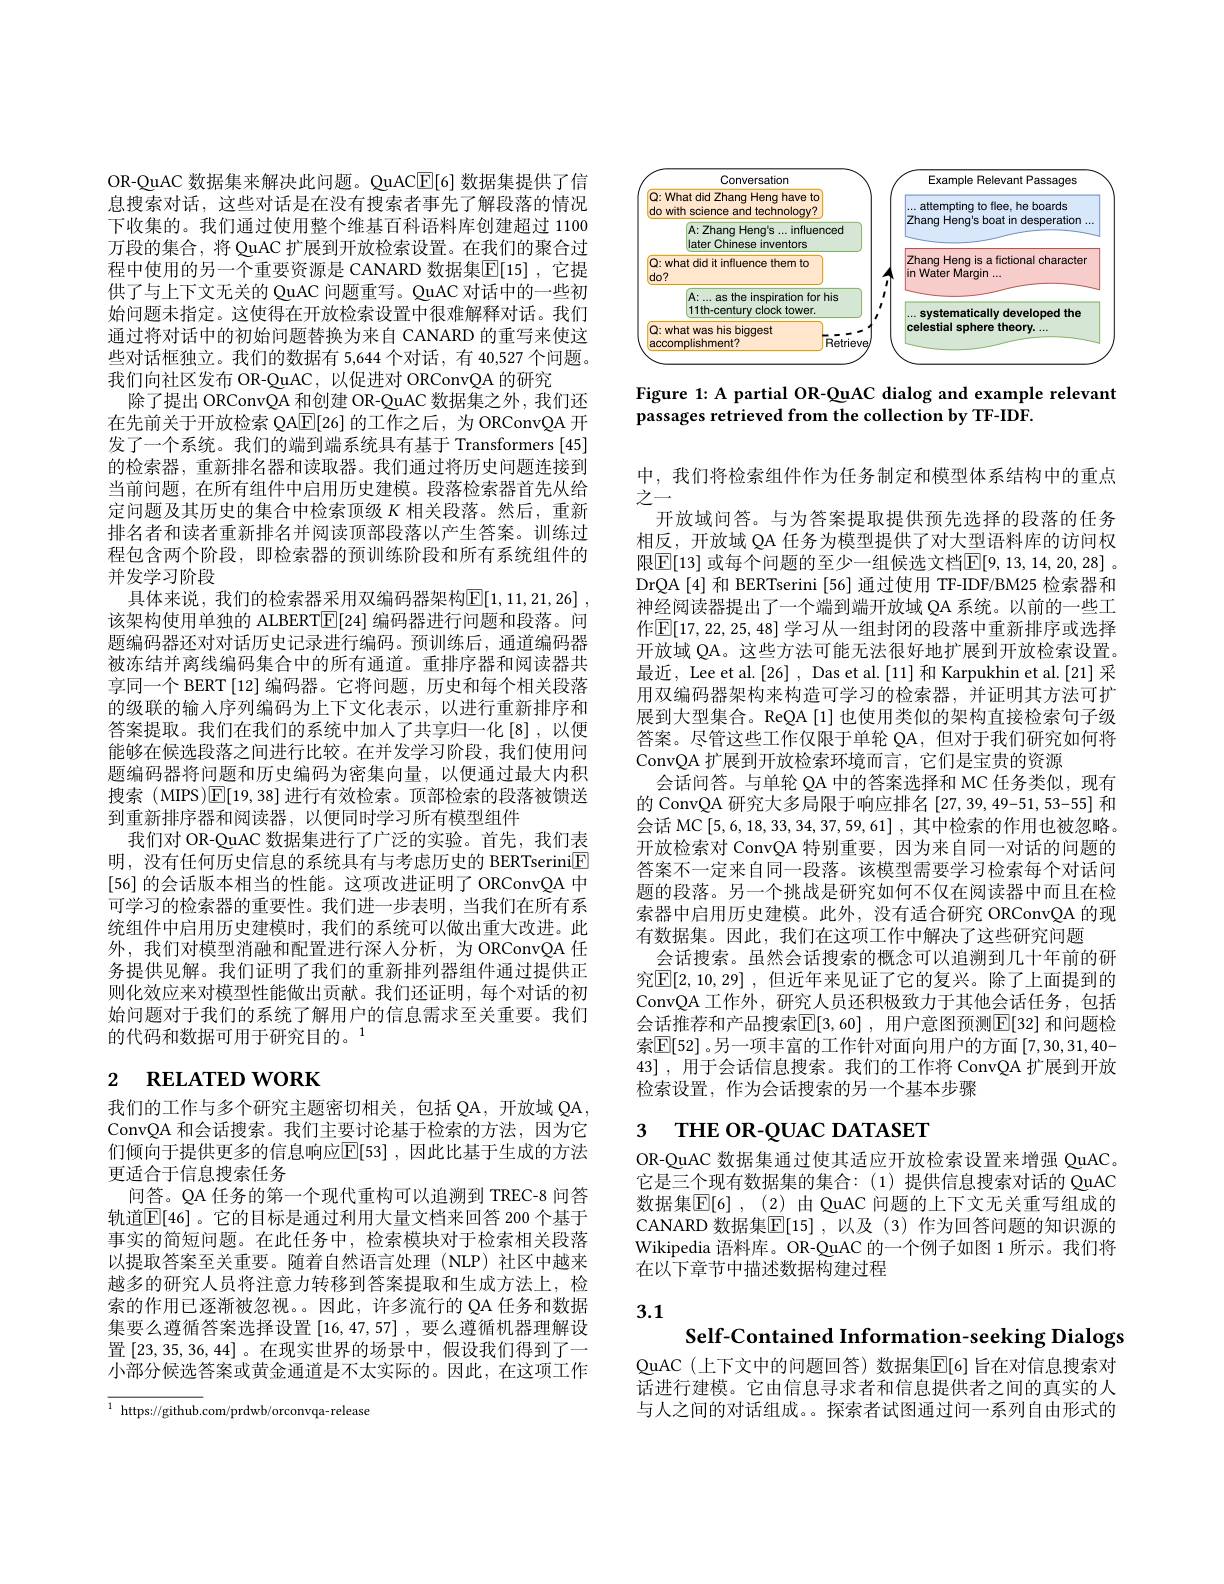
OR-QuAC 数据集来解决此问题。QuACE[6] 数据集提供了信息搜索对话，这些对话是在没有搜索者事先了解段落的情况下收集的。我们通过使用整个维基百科语料库创建超过 1100万段的集合，将 QuAC 扩展到开放检索设置。在我们的聚合过程中使用的另一个重要资源是 CANARD 数据集$\boxed{\mathrm{E}}[15]$ ,它提供了与上下文无关的 QuAC 问题重写。QuAC 对话中的一些初始问题未指定。这使得在开放检索设置中很难解释对话。我们通过将对话中的初始问题替换为来自 CANARD 的重写来使这些对话框独立。我们的数据有 5,644 个对话，有 40,527 个问题。我们向社区发布 OR-QuAC, 以促进对 ORConvQA 的研究
除了提出 ORConvQA 和创建 OR-QuAC 数据集之外，我们还在先前关于开放检索 QA$\underline{\mathrm{E}}[26]$的工作之后，为 ORConvQA 开发了一个系统。我们的端到端系统具有基于 Transformers[45] 的检索器，重新排名器和读取器。我们通过将历史问题连接到当前问题，在所有组件中启用历史建模。段落检索器首先从给定问题及其历史的集合中检索顶级$K$相关段落。然后，重新排名者和读者重新排名并阅读顶部段落以产生答案。训练过程包含两个阶段，即检索器的预训练阶段和所有系统组件的并发学习阶段
具体来说，我们的检索器采用双编码器架构$\mathbb{E} [ 1, 11, 21, 26]$ , 该架构使用单独的 ALBERT$\boxed{\mathbb{F}}[24]$编码器进行问题和段落。问题编码器还对对话历史记录进行编码。预训练后，通道编码器被冻结并离线编码集合中的所有通道。重排序器和阅读器共享同一个 BERT [12] 编码器。它将问题，历史和每个相关段落的级联的输入序列编码为上下文化表示，以进行重新排序和答案提取。我们在我们的系统中加入了共享归一化[8],以便能够在候选段落之间进行比较。在并发学习阶段，我们使用问题编码器将问题和历史编码为密集向量，以便通过最大内积搜索 (MIPS)$\boxed{\mathrm{E}}[19,38]$进行有效检索。顶部检索的段落被馈送到重新排序器和阅读器，以便同时学习所有模型组件
我们对 OR-QuAC 数据集进行了广泛的实验。首先，我们表明，没有任何历史信息的系统具有与考虑历史的 BERTserini[E] [56] 的会话版本相当的性能。这项改进证明了 ORConvQA 中可学习的检索器的重要性。我们进一步表明，当我们在所有系统组件中启用历史建模时，我们的系统可以做出重大改进。此外，我们对模型消融和配置进行深人分析，为 ORConvQA 任务提供见解。我们证明了我们的重新排列器组件通过提供正则化效应来对模型性能做出贡献。我们还证明，每个对话的初始问题对于我们的系统了解用户的信息需求至关重要。我们的代码和数据可用于研究目的。$^{1}$

# 2 $\textbf{RELATED WORK}$

我们的工作与多个研究主题密切相关，包括 QA,开放域 QA, ConvQA 和会话搜索。我们主要讨论基于检索的方法，因为它们倾向于提供更多的信息响应$\overline{\mathbb{E}}[53]$ ,因此比基于生成的方法更适合于信息搜索任务
问答。QA 任务的第一个现代重构可以追溯到 TREC-8 问答轨道$\mathbb{E}[46]$。它的目标是通过利用大量文档来回答 200 个基于事实的简短问题。在此任务中，检索模块对于检索相关段落以提取答案至关重要。随着自然语言处理(NLP)社区中越来越多的研究人员将注意力转移到答案提取和生成方法上，检索的作用已逐渐被忽视。因此，许多流行的 QA 任务和数据集要么遵循答案选择设置$\left[16,47,57\right]$, 要么遵循机器理解设置[23,35,36,44] 。在现实世界的场景中，假设我们得到了一小部分候选答案或黄金通道是不太实际的。因此，在这项工作

${\overline{1\:\mathrm{https://github.com/prdwb/orconvqa-release}}}$

<FigureHere>

Figure 1: A partial OR-QuAC dialog and example relevant
passages retrieved from the collection by TF-IDF.

中，我们将检索组件作为任务制定和模型体系结构中的重点
之一
开放域问答。与为答案提取提供预先选择的段落的任务相反，开放域 QA 任务为模型提供了对大型语料库的访问权限$\boxed{\mathbb{E}[13]\text{ 或每个问题的至少一组候选文档}\mathbb{E}[9,13,14,20,28]}$。DrQA [4]和 BERTserini [56] 通过使用 TF-IDF/BM25 检索器和神经阅读器提出了一个端到端开放域 QA 系统。以前的一些工作$\overline{\mathrm{E}}[17,22,25,48]$ 学习从一组封闭的段落中重新排序或选择开放域 QA。这些方法可能无法很好地扩展到开放检索设置。最近，Lee et al.[26] , Das et al.[11] 和 Karpukhin et al.[21] 采用双编码器架构来构造可学习的检索器，并证明其方法可扩展到大型集合。ReQA [1]也使用类似的架构直接检索句子级答案。尽管这些工作仅限于单轮 QA,但对于我们研究如何将ConvQA 扩展到开放检索环境而言，它们是宝贵的资源
会话问答。与单轮 QA 中的答案选择和 MC 任务类似，现有的 ConvQA 研究大多局限于响应排名[27,39,49-51,53-55]和会话 MC [5,6,18,33,34,37,59,61] ,其中检索的作用也被忽略。开放检索对 ConvQA 特别重要，因为来自同一对话的问题的答案不一定来自同一段落。该模型需要学习检索每个对话问题的段落。另一个挑战是研究如何不仅在阅读器中而且在检索器中启用历史建模。此外，没有适合研究 ORConvQA 的现有数据集。因此，我们在这项工作中解决了这些研究问题
会话搜索。虽然会话搜索的概念可以追溯到几十年前的研究$\overline {\mathbb{E} }[ 2, 10, 29]$ , 但近年来见证了它的复兴。除了上面提到的ConvQA 工作外 , 研究人员还积极致力于其他会话任务，包括会话推荐和产品搜索$\overline {\mathbb{E} }[ 3, 60]$ , 用户意图预测$\overline{\mathbb{E}}[32]$ 和问题检索$\mathbb{E}[52]$。另一项丰富的工作针对面向用户的方面[7,30,31,40- 43] , 用于会话信息搜索。我们的工作将 ConvQA 扩展到开放检索设置，作为会话搜索的另一个基本步骤

# 3 THE OR-QUAC DATASET

OR-QuAC 数据集通过使其适应开放检索设置来增强 QuAC。它是三个现有数据集的集合：(1)提供信息搜索对话的 QuAC 数据集$\overline {\mathbb{E} }[ 6]$ , (2) 由 QuAC 问题的上下文无关重写组成的CANARD 数据集$\mathbb{E}[15]$,以及(3)作为回答问题的知识源的Wikipedia 语料库。OR-QuAC 的一个例子如图 1 所示。我们将在以下章节中描述数据构建过程

# 3.1

Self-Contained Information-seeking Dialogs

QuAC(上下文中的问题回答)数据集$\overline{\mathbb{E}}[6]$ 旨在对信息搜索对话进行建模。它由信息寻求者和信息提供者之间的真实的人与人之间的对话组成。。探索者试图通过问一系列自由形式的